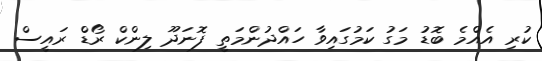
ކުރި އެއްމެ ބޮޑު މަގު ކަމުގައިވާ ހައްދުންމަތީ ފޮނަދޫ ލިންކް ރޯޑް ރައީސް